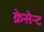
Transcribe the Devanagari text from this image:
क्रेसेन्ट